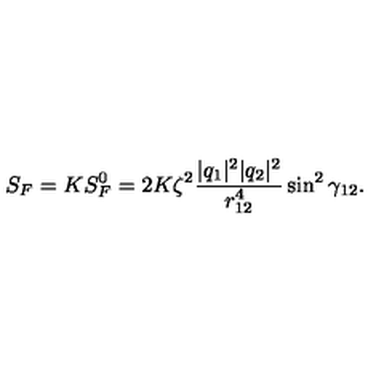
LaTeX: S _ { F } = K S _ { F } ^ { 0 } = 2 K \zeta ^ { 2 } \frac { | q _ { 1 } | ^ { 2 } | q _ { 2 } | ^ { 2 } } { r _ { 1 2 } ^ { 4 } } \sin ^ { 2 } \gamma _ { 1 2 } .